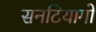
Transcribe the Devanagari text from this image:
सनटियागो